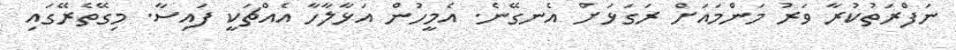
ނަފްރަތުކުރާ ވަރު މަންމައަށް ރަގަޅަށް އެނގޭނެ. އެމީހުން އަޅާލާހާ އެއްޗަކީ ފައިސާ. މިގޭތެރޭގައި